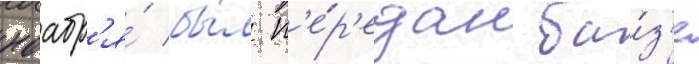
ноабр'я́ бы́л п'е́р'едан ба́з'е